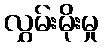
လွှမ်းမိုးမှု